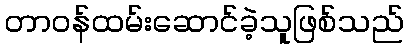
တာဝန်ထမ်းဆောင်ခဲ့သူဖြစ်သည်